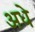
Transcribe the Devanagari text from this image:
अधे